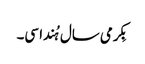
بِکرمی سال ہُندا سی۔